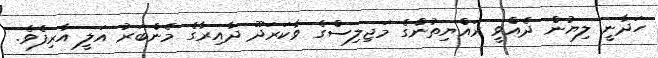
ހަދާނީ ލިޔުން ދެއްވީ ރައްޔިތުންގެ މަޖިލިސްގެ ވާކަރަދޫ ދާއިރާގެ މެންބަރު އަލީ އާރިފެވެ.